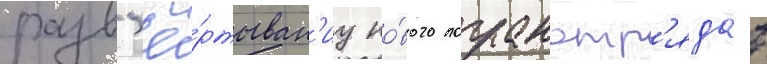
разв'ё́ртыван'иу но́вого погранотр'яда в